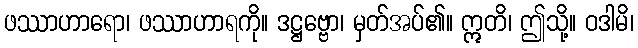
ဖဿာဟာရော၊ ဖဿာဟာရကို။ ဒဋ္ဌဗ္ဗော၊ မှတ်အပ်၏။ ဣတိ၊ ဤသို့။ ဝဒါမိ၊